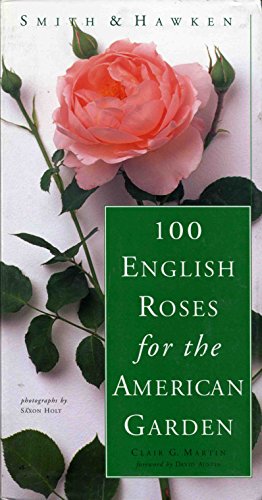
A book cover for Smith & Hawken: 100 English Roses for the American Garden; Clair G. Martin; Crafts, Hobbies & Home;